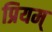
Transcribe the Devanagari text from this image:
प्रियम्‌